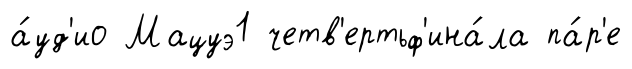
а́уд'ио Мацуэ1 четв'ертьф'ина́ла па́р'е